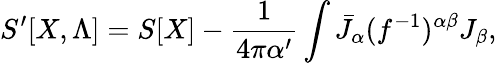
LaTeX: S^{\prime}[X,\Lambda]=S[X]-{\frac{1}{4\pi\alpha^{\prime}}}\int\bar{J}_{\alpha}(f^{-1})^{\alpha\beta}J_{\beta},